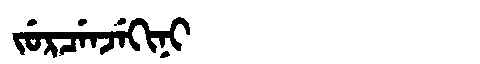
Manchu: ᠵᡠᡵᠴᡝᠨᠵᡝᡴᡳᠨᡳ
Romanization: JURCENJEKINI